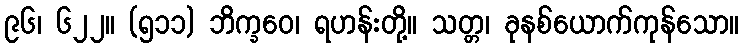
၉၆၊ ၆၂၂။ (၅၁၁) ဘိက္ခဝေ၊ ရဟန်းတို့။ သတ္တ၊ ခုနစ်ယောက်ကုန်သော။